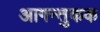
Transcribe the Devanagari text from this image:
आगन्तुकक